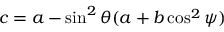
c = a - \sin ^ { 2 } \theta ( a + b \cos ^ { 2 } \psi )